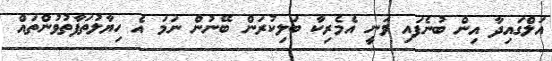
އަލްގައިދާ އިން ބުނެފައި ވަނީ އެމެރިކާ ބަލިކުރަން ބޭނުން ނަމަ އެ ހިޔާލުތަފާތުވުންތައް